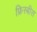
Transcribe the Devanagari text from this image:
फ्रिस्बीस